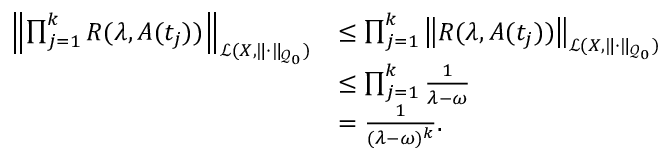
\begin{array} { r l } { \left\| \prod _ { j = 1 } ^ { k } R ( \lambda , A ( t _ { j } ) ) \right\| _ { \mathcal { L } ( X , \| \cdot \| _ { \mathcal { Q } _ { 0 } } ) } } & { \leq \prod _ { j = 1 } ^ { k } \left\| R ( \lambda , A ( t _ { j } ) ) \right\| _ { \mathcal { L } ( X , \| \cdot \| _ { \mathcal { Q } _ { 0 } } ) } } \\ & { \leq \prod _ { j = 1 } ^ { k } \frac { 1 } { \lambda - \omega } } \\ & { = \frac { 1 } { ( \lambda - \omega ) ^ { k } } . } \end{array}